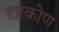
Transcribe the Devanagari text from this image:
दृष्टकोण